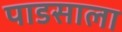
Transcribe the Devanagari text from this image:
पाडसाला